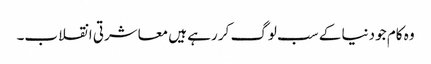
وہ کام جو دنیا کے سب لوگ کر رہے ہیں معاشرتی انقلاب۔